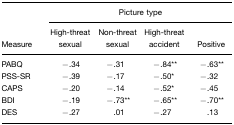
<table><thead><tr><td>[EMPTY_CELL]</td><td colspan="4"><b>Picture type</b></td></tr><tr><td><b>Measure</b></td><td><b>High-threat sexual</b></td><td><b>Non-threat sexual</b></td><td><b>High-threat accident</b></td><td><b>Positive</b></td></tr></thead><tbody><tr><td>PABQ</td><td>−.34</td><td>−.31</td><td>−.84**</td><td>−.63**</td></tr><tr><td>PSS-SR</td><td>−.39</td><td>−.17</td><td>−.50*</td><td>−.32</td></tr><tr><td>CAPS</td><td>−.20</td><td>−.14</td><td>−.52*</td><td>−.45</td></tr><tr><td>BDI</td><td>−.19</td><td>−.73**</td><td>−.65**</td><td>−.70**</td></tr><tr><td>DES</td><td>−.27</td><td>.01</td><td>−.27</td><td>.13</td></tr></tbody></table>